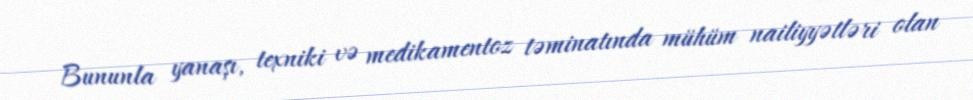
Bununla yanaşı, texniki və medikamentoz təminatında mühüm nailiyyətləri olan